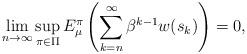
LaTeX: \begin{align*}\lim\limits_{n\to\infty} \sup_{\pi\in\Pi} E^\pi_\mu\left( \sum_{k=n}^\infty\beta^{k -1}w(s_{k})\right)=0,\end{align*}